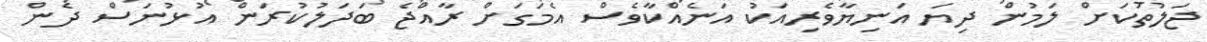
ޖަލުތަކަށް ލަމުން ދިޔަ އަނިޔާވެރިއަކު އަނެއްކާވެސް އެމަގަށް ރާއްޖެ ބަދަލުކުރަން އުޅުނަސް ދެން